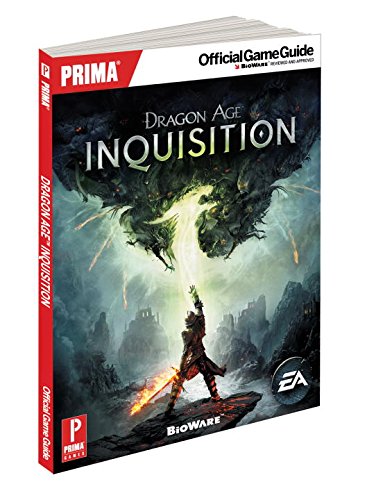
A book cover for Dragon Age Inquisition: Prima Official Game Guide; David Knight; Science Fiction & Fantasy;